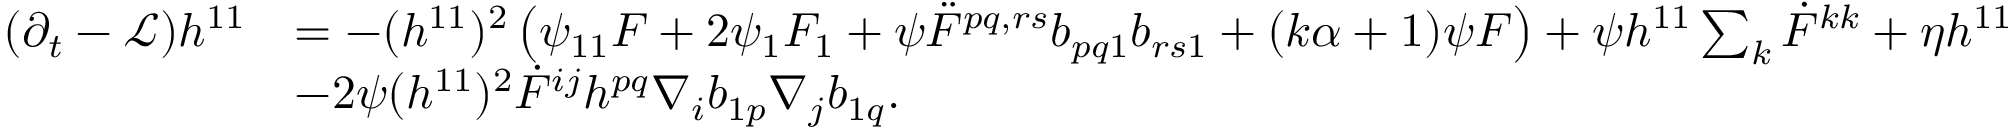
\begin{array} { r l } { ( \partial _ { t } - \mathcal { L } ) h ^ { 1 1 } } & { = - ( h ^ { 1 1 } ) ^ { 2 } \left( \psi _ { 1 1 } F + 2 \psi _ { 1 } F _ { 1 } + \psi \ddot { F } ^ { p q , r s } b _ { p q 1 } b _ { r s 1 } + ( k \alpha + 1 ) \psi F \right) + \psi h ^ { 1 1 } \sum _ { k } \dot { F } ^ { k k } + \eta h ^ { 1 1 } } \\ & { - 2 \psi ( h ^ { 1 1 } ) ^ { 2 } \dot { F } ^ { i j } h ^ { p q } \nabla _ { i } b _ { 1 p } \nabla _ { j } b _ { 1 q } . } \end{array}